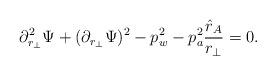
LaTeX: \begin{align*}\partial_{r_\perp}^2 \Psi + (\partial_{r_\perp} \Psi)^2 - p_w^2 -p_{a}^2 {{\hat r_A} \over {r_\perp}} = 0.\end{align*}